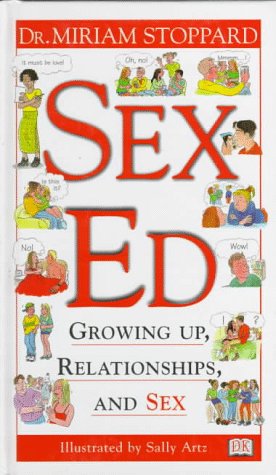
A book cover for Sex Ed; Miriam Stoppard; Teen & Young Adult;